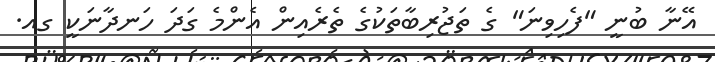
އޭނާ ބުނީ "ފެހިވިނަ" ގެ ތަޖުރިބާތަކުގެ ތެރެއިން އެންމެ ގަދަ ހަނދާނަކީ ގއ.